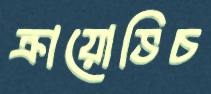
ক্রায়োভিচ